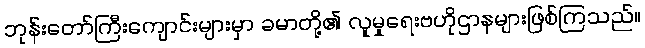
ဘုန်းတော်ကြီးကျောင်းများမှာ ခမာတို့၏ လူမှုရေးဗဟိုဌာနများဖြစ်ကြသည်။